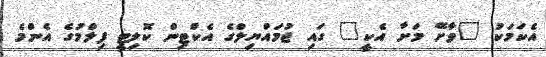
އެކަމަކު "ވާށޭ މަށާ އެކީ" ގައި ޖުމައްޔިލްގެ އެކްޓިން ކޮލިޓީ ފިލްމުގެ އެންމެ